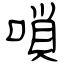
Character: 嗩